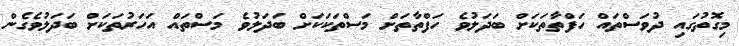
މިގޮތުގައި ދުވަސްތައް ހަފްތާތަކަށް ބަދަލުވެ ހަފްތާތަށް މަސްތަކަކަށް ބަދަލުވެ މަސްތައް އަހަރުތަކަށް ބަދަލުވެގެން